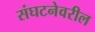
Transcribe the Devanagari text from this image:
संघटनेवरील